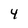
Character: 4